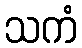
သကံ